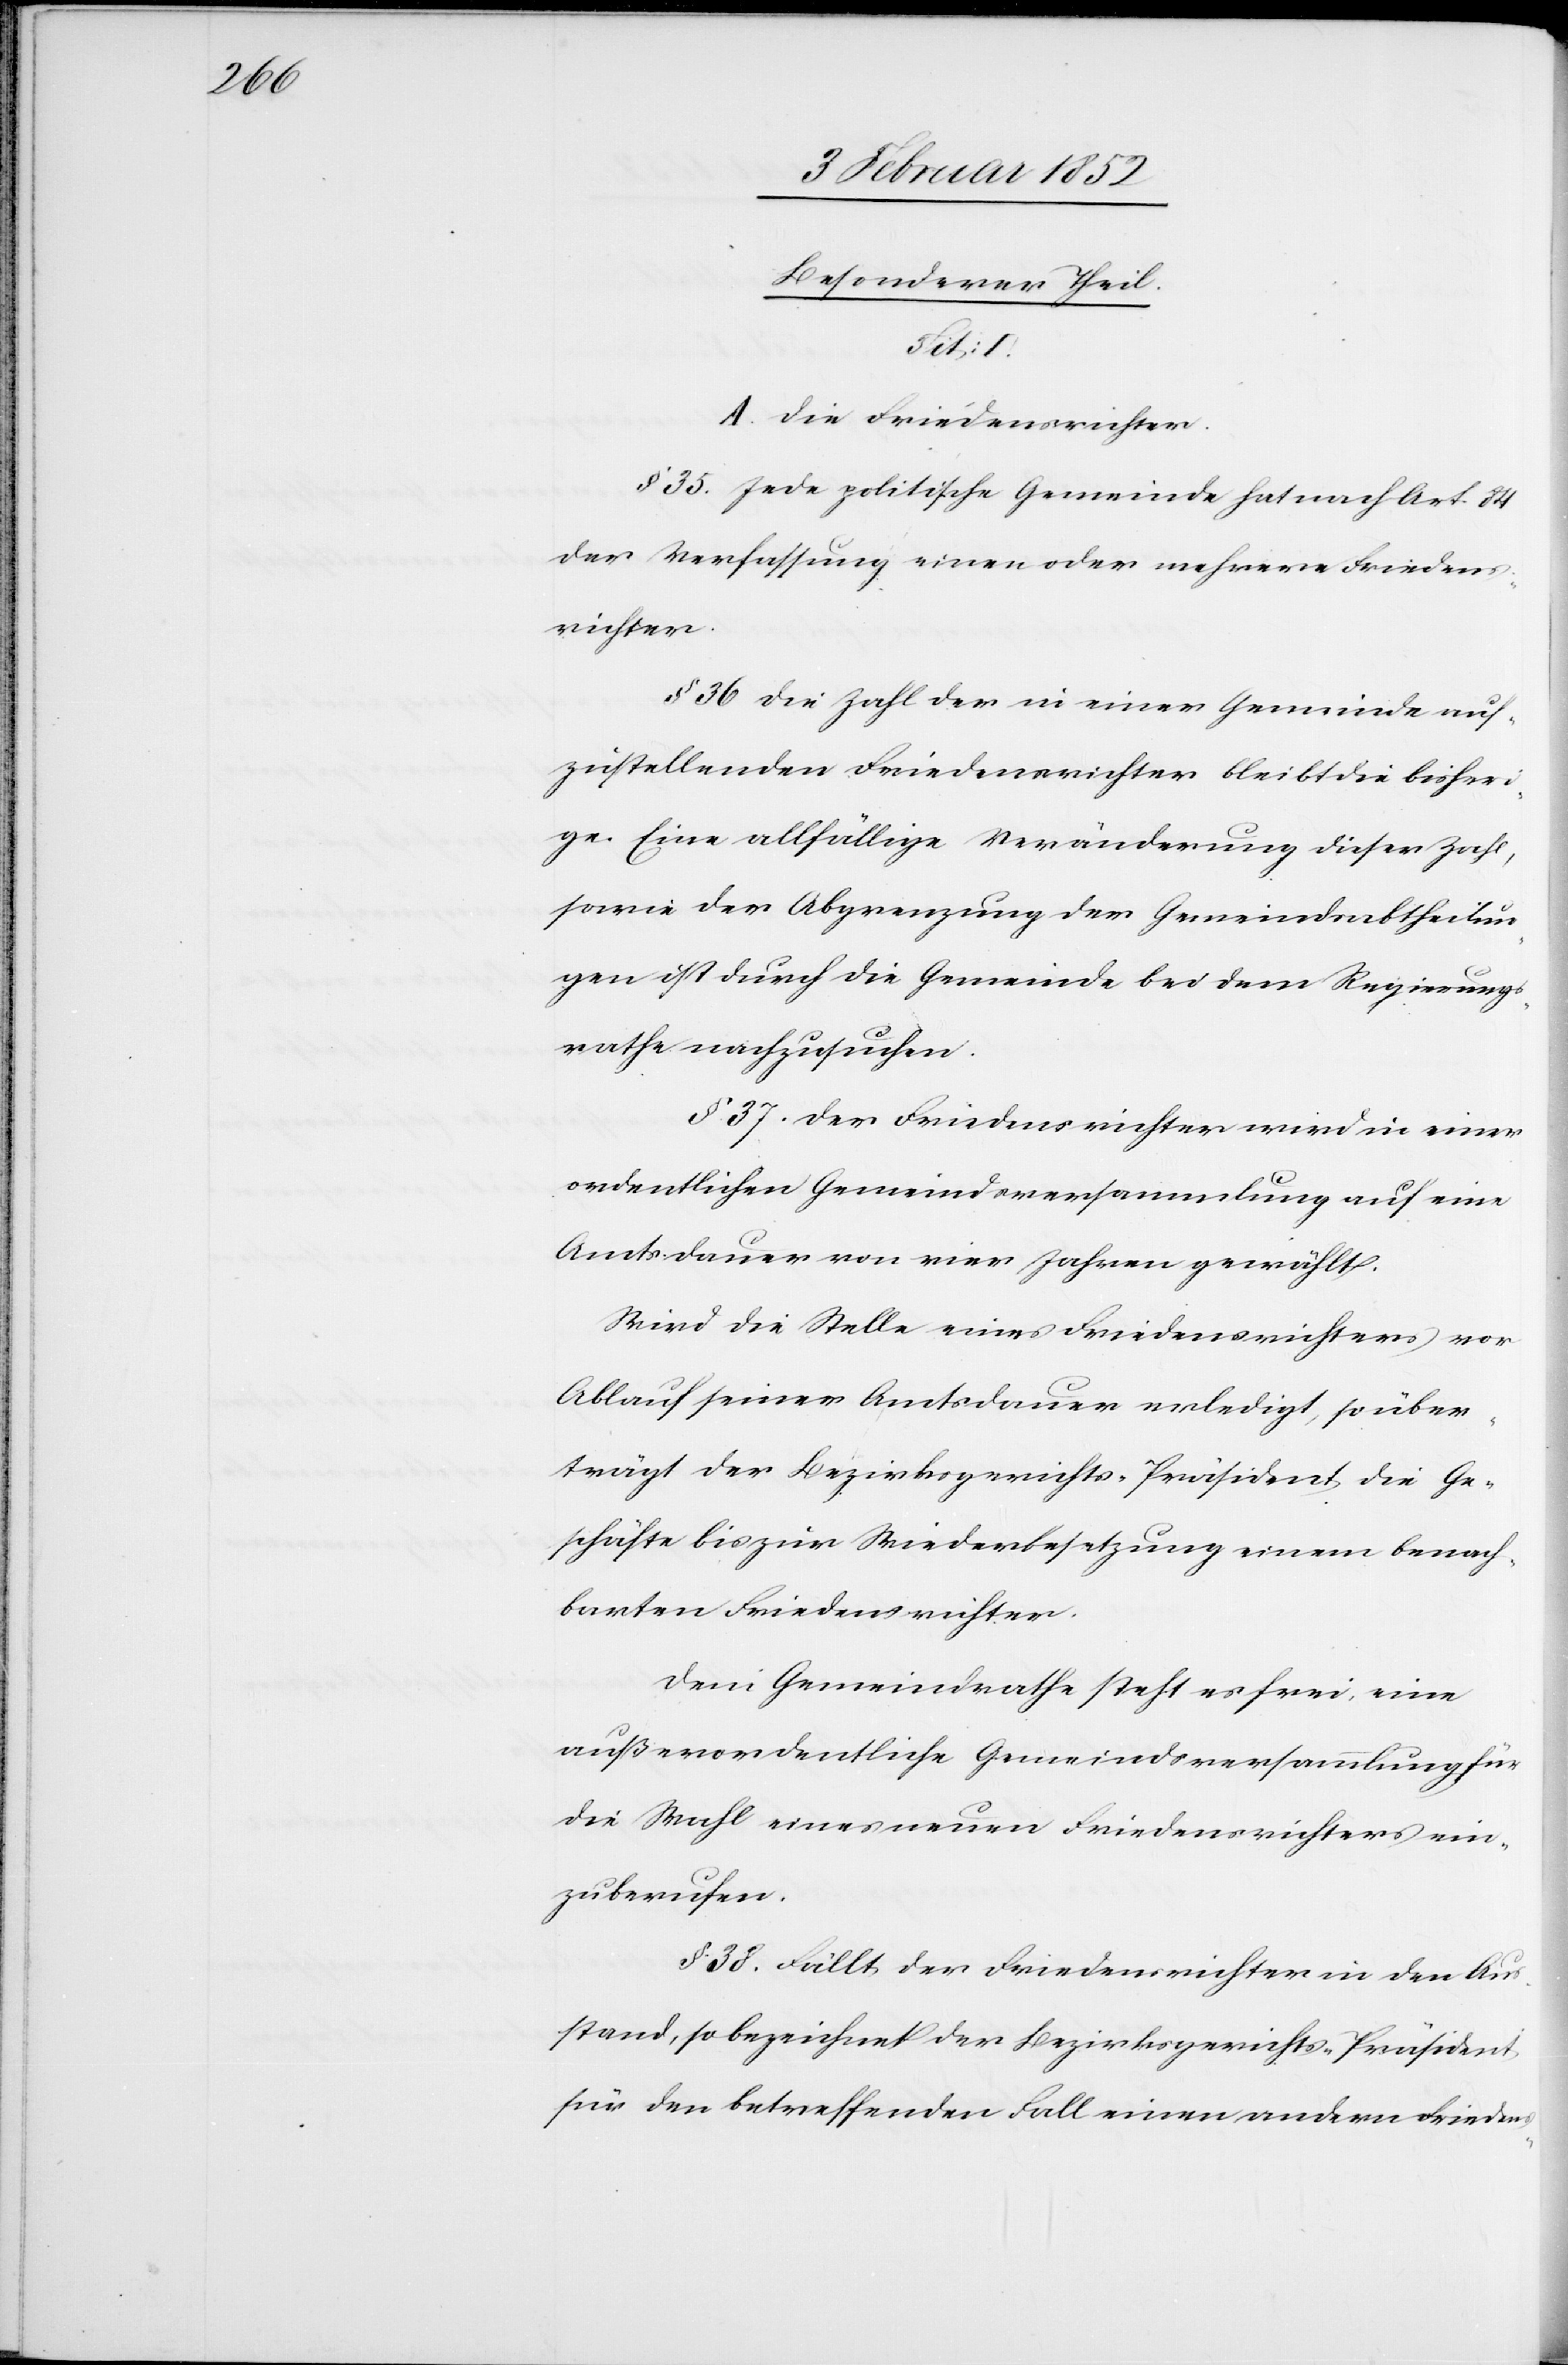
Besonderer Teil
Tit: 1.
A. Die Friedensrichter.
§ 35. Jede politische Gemeinde hat nach Art. 84
der Verfassung einen oder mehrer Friedens¬
richter.
§ 36 Die Zahl der in einer Gemeinde auf¬
zustellenden Friedensrichter bleibt die bisheri¬
ge. Eine allfällige Veränderung dieser Zahl,
sowie der Abgrenzung der Gemeindsabtheilun¬
gen ist durch die Gemeinde bei dem Regierungs¬
rathe nachzusuchen.
§ 37. Der Friedensrichter wird in einer
ordentlichen Gemeindsversammlung auf eine
Amtsdauer von vier Jahren gewählt.
Wird die Stelle eines Friedensrichters vor
Ablauf seiner Amtsdauer erledigt, so über¬
trägt der Bezirksgerichts-Präsident die Ge¬
schäfte bis zur Wiederbesetzung einem benach¬
barten Friedensrichter.
Dem Gemeindrathe steht es frei, eine
außerordentliche Gemeindsversammlung für
die Wahl eines neuen Friedensrichters ein¬
zuberufen.
§ 38. Fällt der Friedensrichter in den Aus¬
stand, so bezeichnet der Bezirksgerichts-Präsident
für den betreffenden Fall einen andern Friedens-